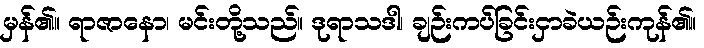
မှန်၏။ ရာဇာနော၊ မင်းတို့သည်။ ဒုရာသဒါ၊ ချဉ်းကပ်ခြင်းငှာခဲယဉ်းကုန်၏။